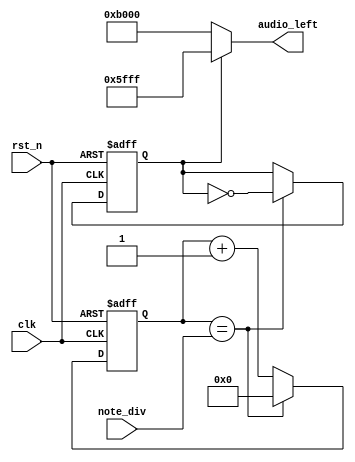
`timescale 1ns / 1ps
//////////////////////////////////////////////////////////////////////////////////
// Company: 
// Engineer: 
// 
// Design Name: 
// Module Name: buzzer_control
// Project Name: 
// Target Devices: 
// Tool Versions: 
// Description: 
// 
// Dependencies: 
// 
// Revision:
// Revision 0.01 - File Created
// Additional Comments:
// 
//////////////////////////////////////////////////////////////////////////////////


module buzzer_control_left(clk, rst_n, note_div, audio_left);
    input clk;
    input rst_n;
    input [21:0] note_div;
    output [15:0] audio_left;
    
    reg [21:0] clk_cnt_next;
    reg [21:0] clk_cnt;
    reg b_clk;
    reg b_clk_next;
    
    always @ (posedge clk or negedge rst_n)
        if (~rst_n) 
            begin
            clk_cnt <= 22'd0;
            b_clk <= 1'b0; 
            end
        else 
            begin
            clk_cnt <= clk_cnt_next;
            b_clk <= b_clk_next; 
            end
            
    always @ *
        if (clk_cnt == note_div) 
            begin
            clk_cnt_next = 22'd0;
            b_clk_next = ~b_clk; 
            end
        else 
            begin
            clk_cnt_next = clk_cnt + 1'b1;
            b_clk_next = b_clk; 
            end
            
    assign audio_left = (b_clk == 1'b0) ? 16'hB000 : 16'h5FFF;
    
endmodule